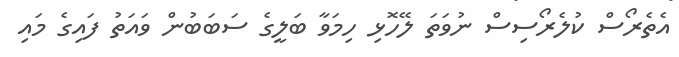
އެތެރޯސް ކުލެރޯސިސް ނުވަތަ ލޭހޮޅި ހިމަވާ ބަލީގެ ސަބަބުން ވައަތު ފައިގެ މައި